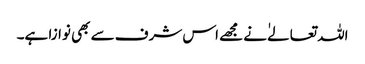
اللہ تعالےٰ نے مجھے اس شرف سے بھی نوازا ہے۔